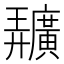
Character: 𢌌